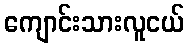
ကျောင်းသားလူငယ်